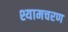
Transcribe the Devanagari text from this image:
श्यामचरण